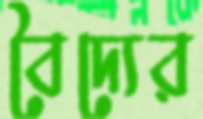
বৈদ্যের